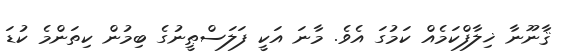
ޤާނޫނާ ޚިލާފްކަމެއް ކަމުގަ އެވެ. މާނަ އަކީ ފަލަސްޠީނުގެ ބިމުން ކިތަންމެ ކުޑަ